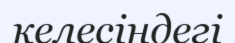
келесіндегі